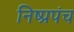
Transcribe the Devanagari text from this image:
निष्प्रपंच